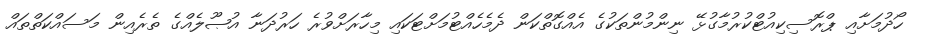
ހޯދުމަށާއި ޕްރޮސިކިއުޓްކުރުމާގުޅޭ ނިންމުންތަކުގެ އެއްގޮތްކަން ދެމެހެއްޓުމަށްޓަކައި މިހާރަށްވުރެ ހަރުދަނާ އުޞޫލެއްގެ ތެރެއިން މަސައްކަތްތައް